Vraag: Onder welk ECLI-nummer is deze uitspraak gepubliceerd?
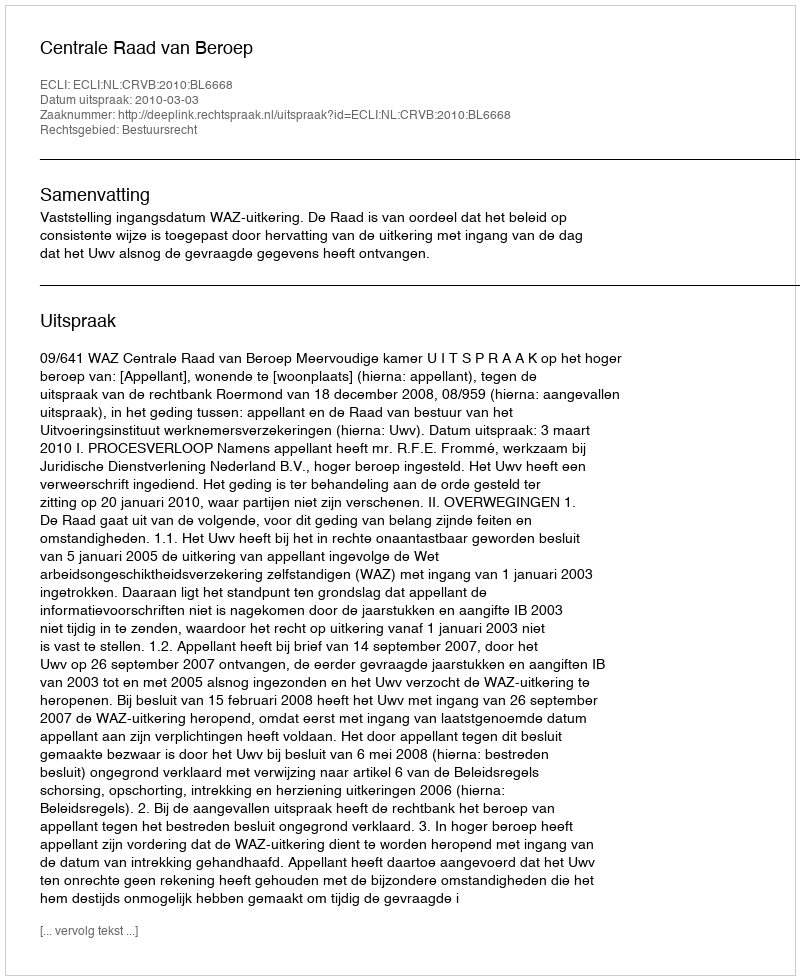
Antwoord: ECLI:NL:CRVB:2010:BL6668